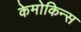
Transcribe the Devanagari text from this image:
केमोकिन्स